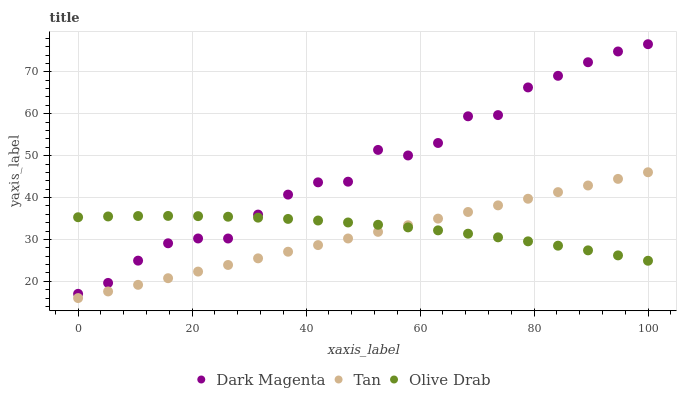
| xaxis_label | Dark Magenta | Tan | Olive Drab |
 | --- | --- | --- | --- |
 | 0 | 17 | 16 | 35.3 |
 | 5.26 | 19.6 | 17.6 | 35.5 |
 | 10.5 | 24.9 | 19.2 | 35.6 |
 | 15.8 | 29.1 | 20.7 | 35.6 |
 | 21.1 | 30.2 | 22.3 | 35.6 |
 | 26.3 | 30.2 | 23.9 | 35.4 |
 | 31.6 | 35.9 | 25.5 | 35.2 |
 | 36.8 | 40.7 | 27.1 | 34.9 |
 | 42.1 | 43.6 | 28.6 | 34.5 |
 | 47.4 | 43.8 | 30.2 | 34 |
 | 52.6 | 51.4 | 31.8 | 33.5 |
 | 57.9 | 50 | 33.4 | 32.9 |
 | 63.2 | 53 | 35 | 32.2 |
 | 68.4 | 59.4 | 36.5 | 31.4 |
 | 73.7 | 59.7 | 38.1 | 30.5 |
 | 78.9 | 66.3 | 39.7 | 29.5 |
 | 84.2 | 69.1 | 41.3 | 28.5 |
 | 89.5 | 72.3 | 42.9 | 27.4 |
 | 94.7 | 74.9 | 44.5 | 26.2 |
 | 100 | 76.6 | 46 | 24.9 |